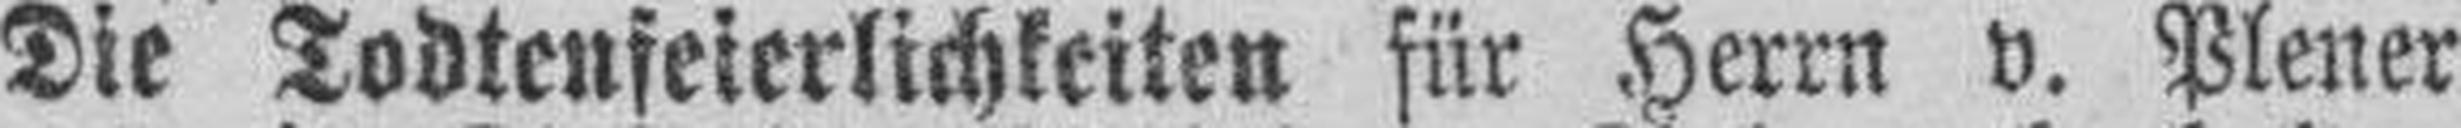
Die Todtenfeierlichkeiten für Herrn v. Plener